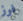
فوز